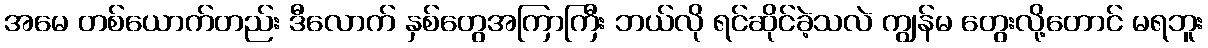
အမေ တစ်ယောက်တည်း ဒီလောက် နှစ်တွေအကြာကြီး ဘယ်လို ရင်ဆိုင်ခဲ့သလဲ ကျွန်မ တွေးလို့တောင် မရဘူး